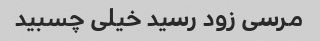
مرسی زود رسید خیلی چسبید